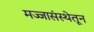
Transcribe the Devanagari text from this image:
मज्जासंस्थेतून